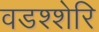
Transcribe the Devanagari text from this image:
वडश्शेरि